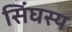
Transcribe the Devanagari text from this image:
सिंघस्य